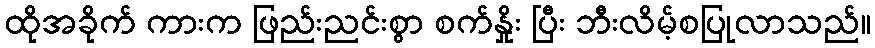
ထိုအခိုက် ကားက ဖြည်းညင်းစွာ စက်နှိုး ပြီး ဘီးလိမ့်စပြုလာသည်။